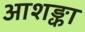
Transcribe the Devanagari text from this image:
आशङ्का